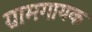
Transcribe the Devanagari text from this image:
ग्रामगायक